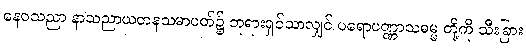
နေဝသညာ နာသညာယတနသမာပတ်၌ ဘုရားရှင်သာလျှင် ပရောပဏ္ဏာသဓမ္မ တို့ကို သီးခြား